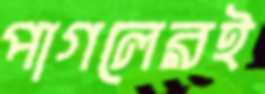
পাগলেরই